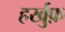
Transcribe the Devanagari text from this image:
हर्खुफ़